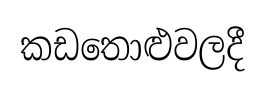
කඩතොළුවලදී